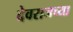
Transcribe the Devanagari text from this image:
देवराजच्या